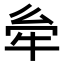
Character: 𤙋